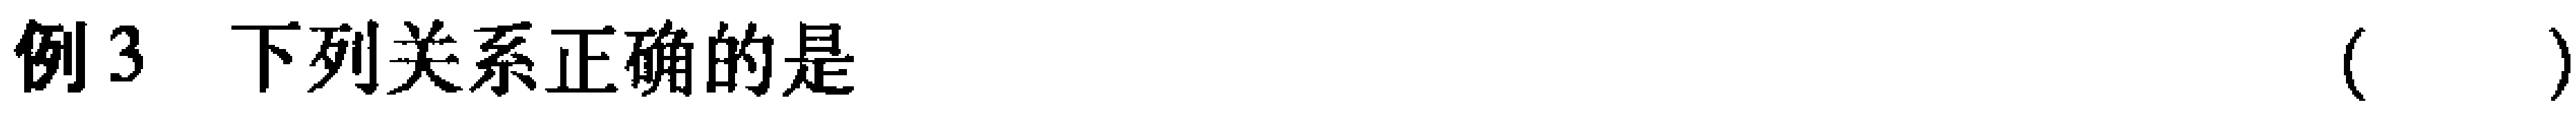
例3 下列关系正确的是（  ）